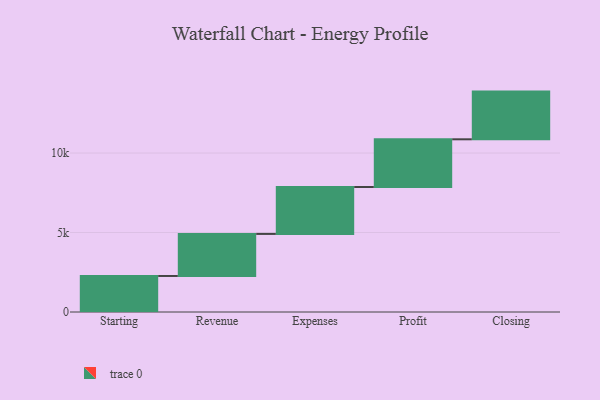
{"axis": {"x": "Step", "y": "Value"}, "legend": [""], "data": [{"x": "Starting", "y": 2266.0, "type": ""}, {"x": "Revenue", "y": 2645.0, "type": ""}, {"x": "Expenses", "y": 2952.0, "type": ""}, {"x": "Profit", "y": 3000, "type": ""}, {"x": "Closing", "y": 3000, "type": ""}]}